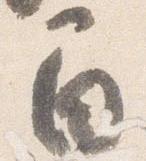
間